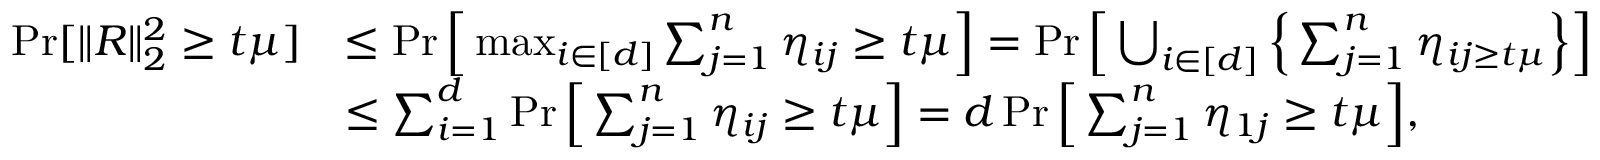
\begin{array} { r l } { \operatorname* { P r } [ \| R \| _ { 2 } ^ { 2 } \geq t \mu ] } & { \leq \operatorname* { P r } \Big [ \operatorname* { m a x } _ { i \in [ d ] } \sum _ { j = 1 } ^ { n } \eta _ { i j } \geq t \mu \Big ] = \operatorname* { P r } \Big [ \bigcup _ { i \in [ d ] } \Big \{ \sum _ { j = 1 } ^ { n } \eta _ { i j \geq t \mu } \Big \} \Big ] } \\ & { \leq \sum _ { i = 1 } ^ { d } \operatorname* { P r } \Big [ \sum _ { j = 1 } ^ { n } \eta _ { i j } \geq t \mu \Big ] = d \operatorname* { P r } \Big [ \sum _ { j = 1 } ^ { n } \eta _ { 1 j } \geq t \mu \Big ] , } \end{array}